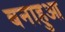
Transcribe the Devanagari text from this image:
बनाहुआ